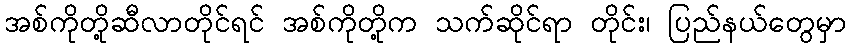
အစ်ကိုတို့ဆီလာတိုင်ရင် အစ်ကိုတို့က သက်ဆိုင်ရာ တိုင်း၊ ပြည်နယ်တွေမှာ